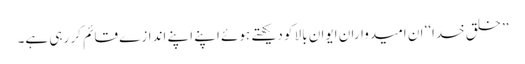
’’خلق خدا‘‘ ان امیدواران ایوان بالا کو دیکھتے ہوئے اپنے اپنے اندازے قائم کر رہی ہے۔